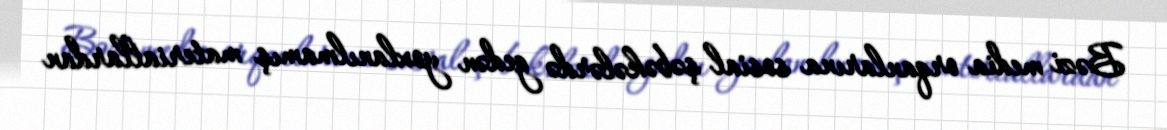
Bəzi media orqanlarına sosial şəbəkələrdə gedən yoxlanılmamış materiallardan